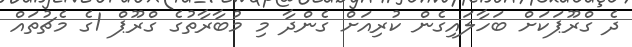
ދެ ގްރޫޕަކަށް ބަހާލައިގެން ކުރިއަށް ގެންދާ މި މުބާރާތުގެ ގްރޫޕް 1ގެ މެޗުތައް